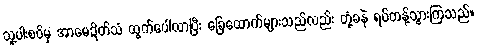
သူ့ပါးစပ်မှ အာမေဍိတ်သံ ထွက်ပေါ်လာပြီး ခြေထောက်များသည်လည်း တုံ့ခနဲ ရပ်တန့်သွားကြသည်။